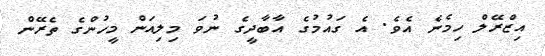
އިޒްރޭލް ހިމެނެ އެވެ. އެ ގައުމުގެ އާބާދީގެ ނުވަ މިލިއަން މީހުންގެ ތެރޭން